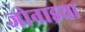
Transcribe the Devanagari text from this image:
जोनाइचा